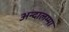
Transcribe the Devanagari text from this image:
अन्दालम्मा